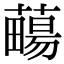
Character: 𧀄